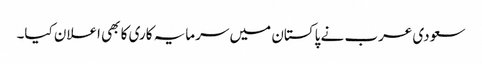
سعودی عرب نے پاکستان میں سرمایہ کاری کا بھی اعلان کیا۔